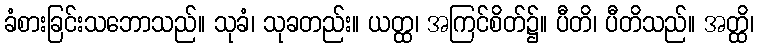
ခံစားခြင်းသဘောသည်။ သုခံ၊ သုခတည်း။ ယတ္ထ၊ အကြင်စိတ်၌။ ပီတိ၊ ပီတိသည်။ အတ္ထိ၊